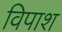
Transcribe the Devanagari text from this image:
विपाश